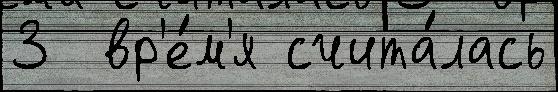
3  вр'е́м'я счита́лась